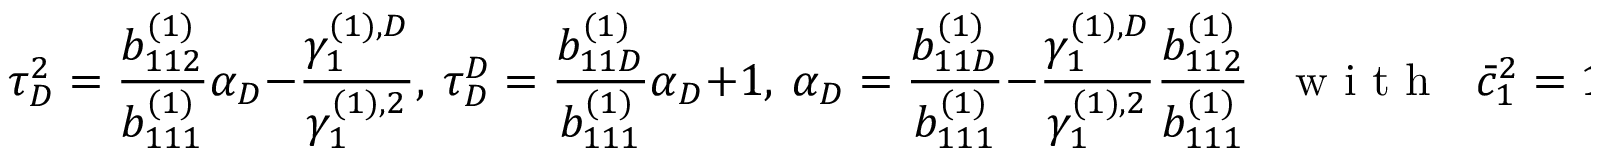
\tau _ { D } ^ { 2 } = \frac { b _ { 1 1 2 } ^ { ( 1 ) } } { b _ { 1 1 1 } ^ { ( 1 ) } } \alpha _ { D } - \frac { \gamma _ { 1 } ^ { ( 1 ) , D } } { \gamma _ { 1 } ^ { ( 1 ) , 2 } } , \ \tau _ { D } ^ { D } = \frac { b _ { 1 1 D } ^ { ( 1 ) } } { b _ { 1 1 1 } ^ { ( 1 ) } } \alpha _ { D } + 1 , \ \alpha _ { D } = \frac { b _ { 1 1 D } ^ { ( 1 ) } } { b _ { 1 1 1 } ^ { ( 1 ) } } - \frac { \gamma _ { 1 } ^ { ( 1 ) , D } } { \gamma _ { 1 } ^ { ( 1 ) , 2 } } \frac { b _ { 1 1 2 } ^ { ( 1 ) } } { b _ { 1 1 1 } ^ { ( 1 ) } } \mathrm { ~ ~ ~ w ~ i ~ t ~ h ~ ~ ~ } \bar { c } _ { 1 } ^ { 2 } = 1